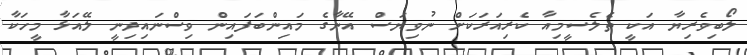
ލޯބިވެރިޔާ އަކީ ތެލެސީމިއާ ކެރިއަރަކަށް ނުވިޔަސް އޭނާގެ މައިންބަފައިން ވިސްނައިދިނީ ލޭއަޅާ މީހަކާ